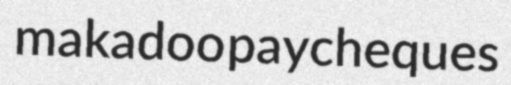
makadoo paycheques